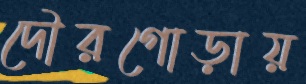
দৌরগোড়ায়